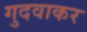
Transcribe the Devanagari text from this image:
गुदवाकर